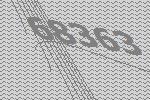
68363